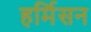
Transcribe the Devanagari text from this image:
हर्मिसन